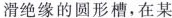
滑绝缘的圆形槽，在某